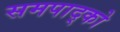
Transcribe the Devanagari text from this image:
समपाद्को